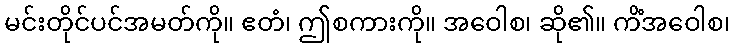
မင်းတိုင်ပင်အမတ်ကို။ ဧတံ၊ ဤစကားကို။ အဝေါစ၊ ဆို၏။ ကိံအဝေါစ၊